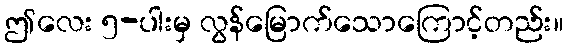
ဤလေး ၅-ပါးမှ လွန်မြောက်သောကြောင့်တည်း။